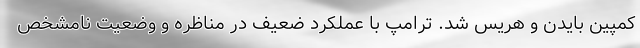
کمپین بایدن و هریس شد. ترامپ با عملکرد ضعیف در مناظره و وضعیت نامشخص